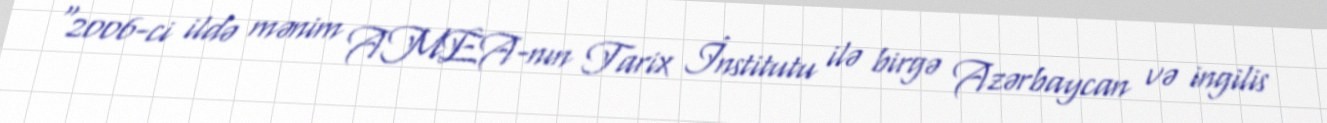
“2006-ci ildə mənim AMEA-nın Tarix İnstitutu ilə birgə Azərbaycan və ingilis